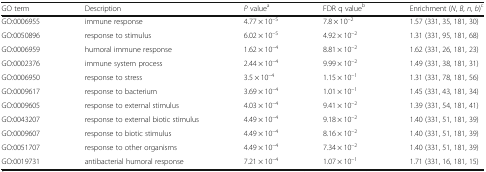
| GO term | Description | P valuea | FDR q valueb | Enrichment (N, B, n, b)c |
 | --- | --- | --- | --- | --- |
 | GO:0006955 | immune response | 4.77 × 10–5 | 7.8 × 10–2 | 1.57 (331, 35, 181, 30) |
 | GO:0050896 | response to stimulus | 6.02 × 10–5 | 4.92 × 10–2 | 1.31 (331, 95, 181, 68) |
 | GO:0006959 | humoral immune response | 1.62 × 10–4 | 8.81 × 10–2 | 1.62 (331, 26, 181, 23) |
 | GO:0002376 | immune system process | 2.44 × 10–4 | 9.99 × 10–2 | 1.49 (331, 38, 181, 31) |
 | GO:0006950 | response to stress | 3.5 × 10–4 | 1.15 × 10–1 | 1.31 (331, 78, 181, 56) |
 | GO:0009617 | response to bacterium | 3.69 × 10–4 | 1.01 × 10–1 | 1.45 (331, 43, 181, 34) |
 | GO:0009605 | response to external stimulus | 4.03 × 10–4 | 9.41 × 10–2 | 1.39 (331, 54, 181, 41) |
 | GO:0043207 | response to external biotic stimulus | 4.49 × 10–4 | 9.18 × 10–2 | 1.40 (331, 51, 181, 39) |
 | GO:0009607 | response to biotic stimulus | 4.49 × 10–4 | 8.16 × 10–2 | 1.40 (331, 51, 181, 39) |
 | GO:0051707 | response to other organisms | 4.49 × 10–4 | 7.34 × 10–2 | 1.40 (331, 51, 181, 39) |
 | GO:0019731 | antibacterial humoral response | 7.21 × 10–4 | 1.07 × 10–1 | 1.71 (331, 16, 181, 15) |